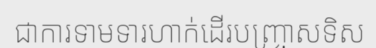
ជាការទាមទារហាក់ដើរបញ្ច្រាសទិស